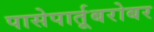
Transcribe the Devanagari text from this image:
पासेपार्तूबरोबर